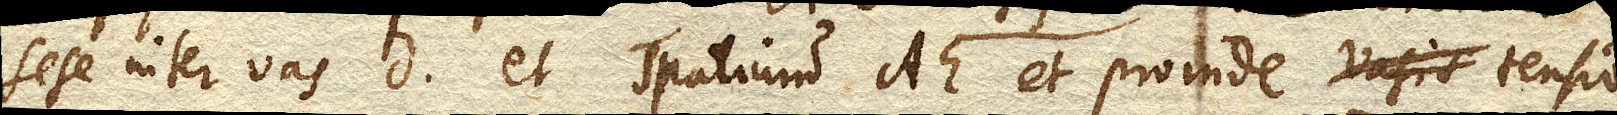
sese inter vas D. DD. et spatium AE. et proinde vasis tensio